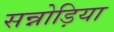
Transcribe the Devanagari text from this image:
सन्नोड़िया